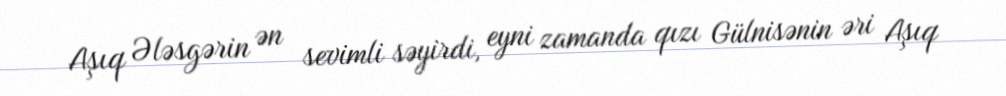
Aşıq Ələsgərin ən sevimli səyirdi, eyni zamanda qızı Gülnisənin əri Aşıq